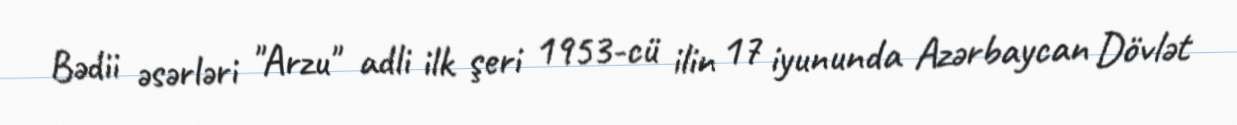
Bədii əsərləri "Arzu" adli ilk şeri 1953-cü ilin 17 iyununda Azərbaycan Dövlət